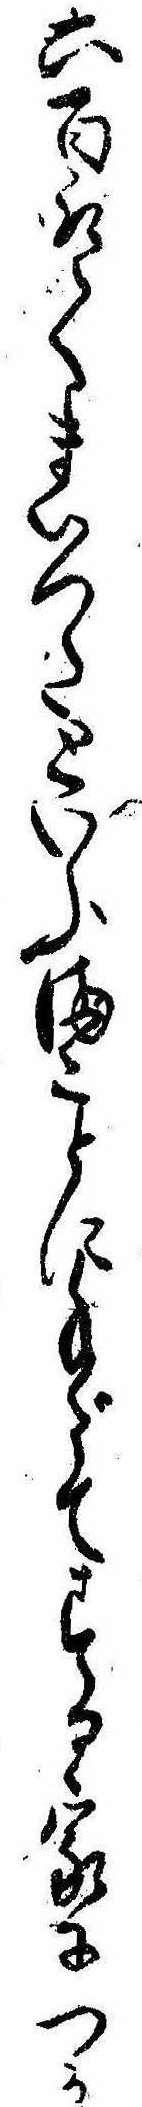
六百取てまいつたといふまことに手だてする家につか